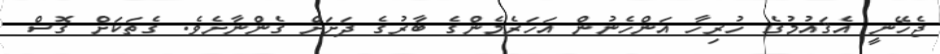
ޖެހޭނީ އެޤައުމުގެ ހުރިހާ އަންހެނުން އަހަރެމެންގެ ބާރުގެ ދަށަށް ގެންނާށެވެ. ގެތަކަށް ގޮސް